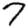
Digit: 7